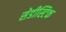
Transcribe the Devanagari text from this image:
सेडीस्टिक